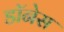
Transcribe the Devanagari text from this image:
डॉनेस